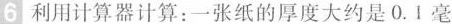
6 利用计算器计算：一张纸的厚度大约是0.1毫